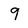
Character: 9